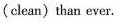
(clean)than ever.